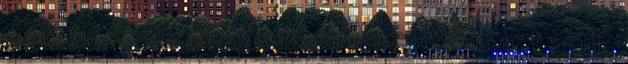
derült már ki , hogy lopásból szerezte azt amije